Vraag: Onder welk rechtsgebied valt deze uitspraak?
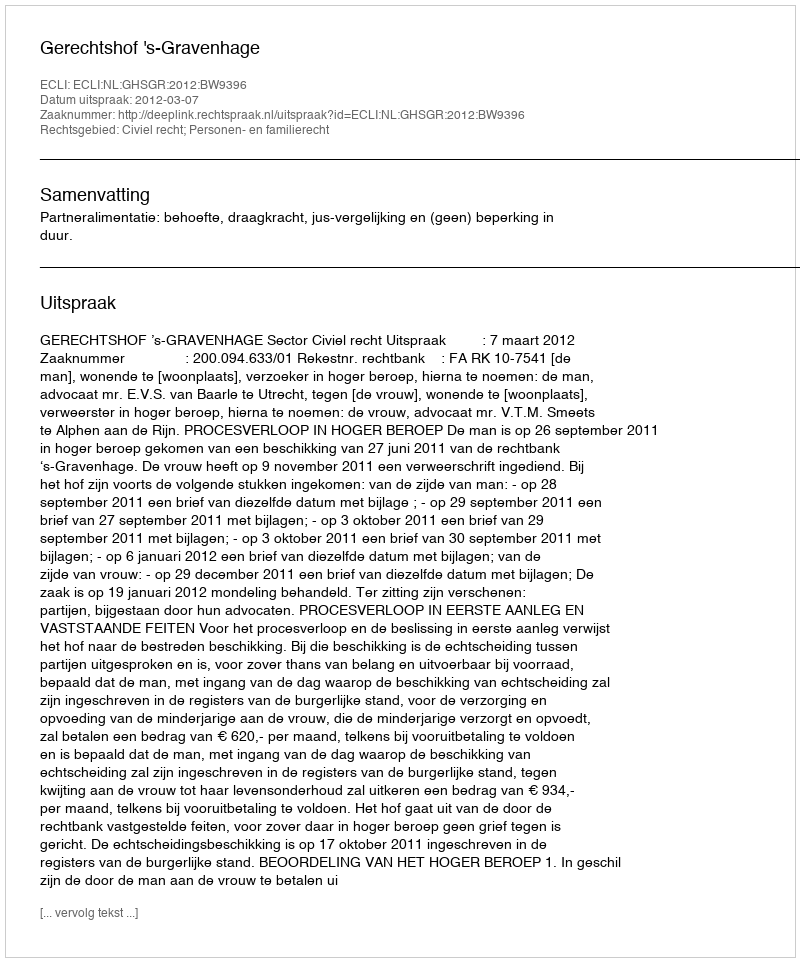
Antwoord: Civiel recht; Personen- en familierecht